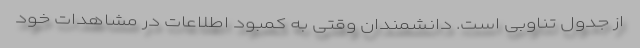
از جدول تناوبی است. دانشمندان وقتی به کمبود اطلاعات در مشاهدات خود